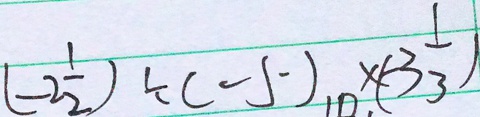
( - 2 \frac { 1 } { 2 } ) \div ( - 5 ) \times ( - 3 \frac { 1 } { 3 } )